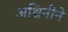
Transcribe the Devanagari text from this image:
अश्विनीने